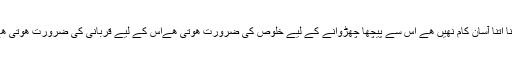
یہ نرگسیت کبھی ختم نھیں ھوتی اس سے پیچھا چھڑوانا اتنا آسان کام نھیں ھے اس سے پیچھا چھڑوانے کے لیے خلوص کی ضرورت ھوتی ھےاس کے لیے قربانی کی ضرورت ھوتی ھے ،اس کے لیے بے غرضی کی ضرورت ھوتی ھے۔